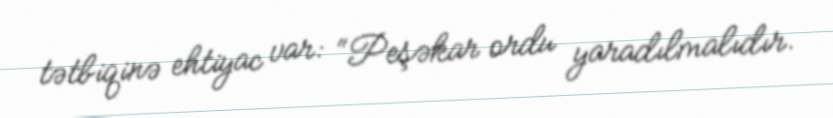
tətbiqinə ehtiyac var: “Peşəkar ordu yaradılmalıdır.